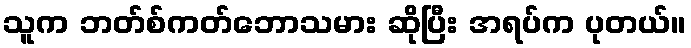
သူက ဘတ်စ်ကတ်ဘောသမား ဆိုပြီး အရပ်က ပုတယ်။